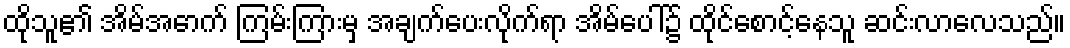
ထိုသူ၏ အိမ်အောက် ကြမ်းကြားမှ အချက်ပေးလိုက်ရာ အိမ်ပေါ်၌ ထိုင်စောင့်နေသူ ဆင်းလာလေသည်။